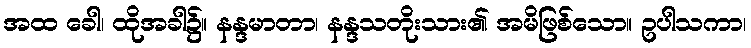
အထ ခေါ၊ ထိုအခါ၌။ နန္ဒမာတာ၊ နန္ဒသတိုးသား၏ အမိဖြစ်သော။ ဥပါသကာ၊